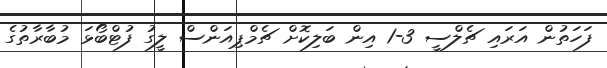
ފަހަތުން އަރައި ޗެލްސީ 3-1 އިން ބަލިކޮށް ޗެމްޕިއަންސް ލީގު ފުޓްބޯޅަ މުބާރާތުގެ